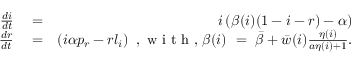
\begin{array} { r l r } { \frac { d i } { d t } } & { { } = } & { i \left( \beta ( i ) ( 1 - i - r ) - \alpha \right) } \\ { \frac { d r } { d t } } & { { } = } & { \left( i \alpha p _ { r } - r l _ { i } \right) \mathrm { ~ , ~ w ~ i ~ t ~ h ~ , ~ } \beta ( i ) \ = \ \bar { \beta } + \bar { w } ( i ) \frac { \eta ( i ) } { a \eta ( i ) + 1 } . } \end{array}